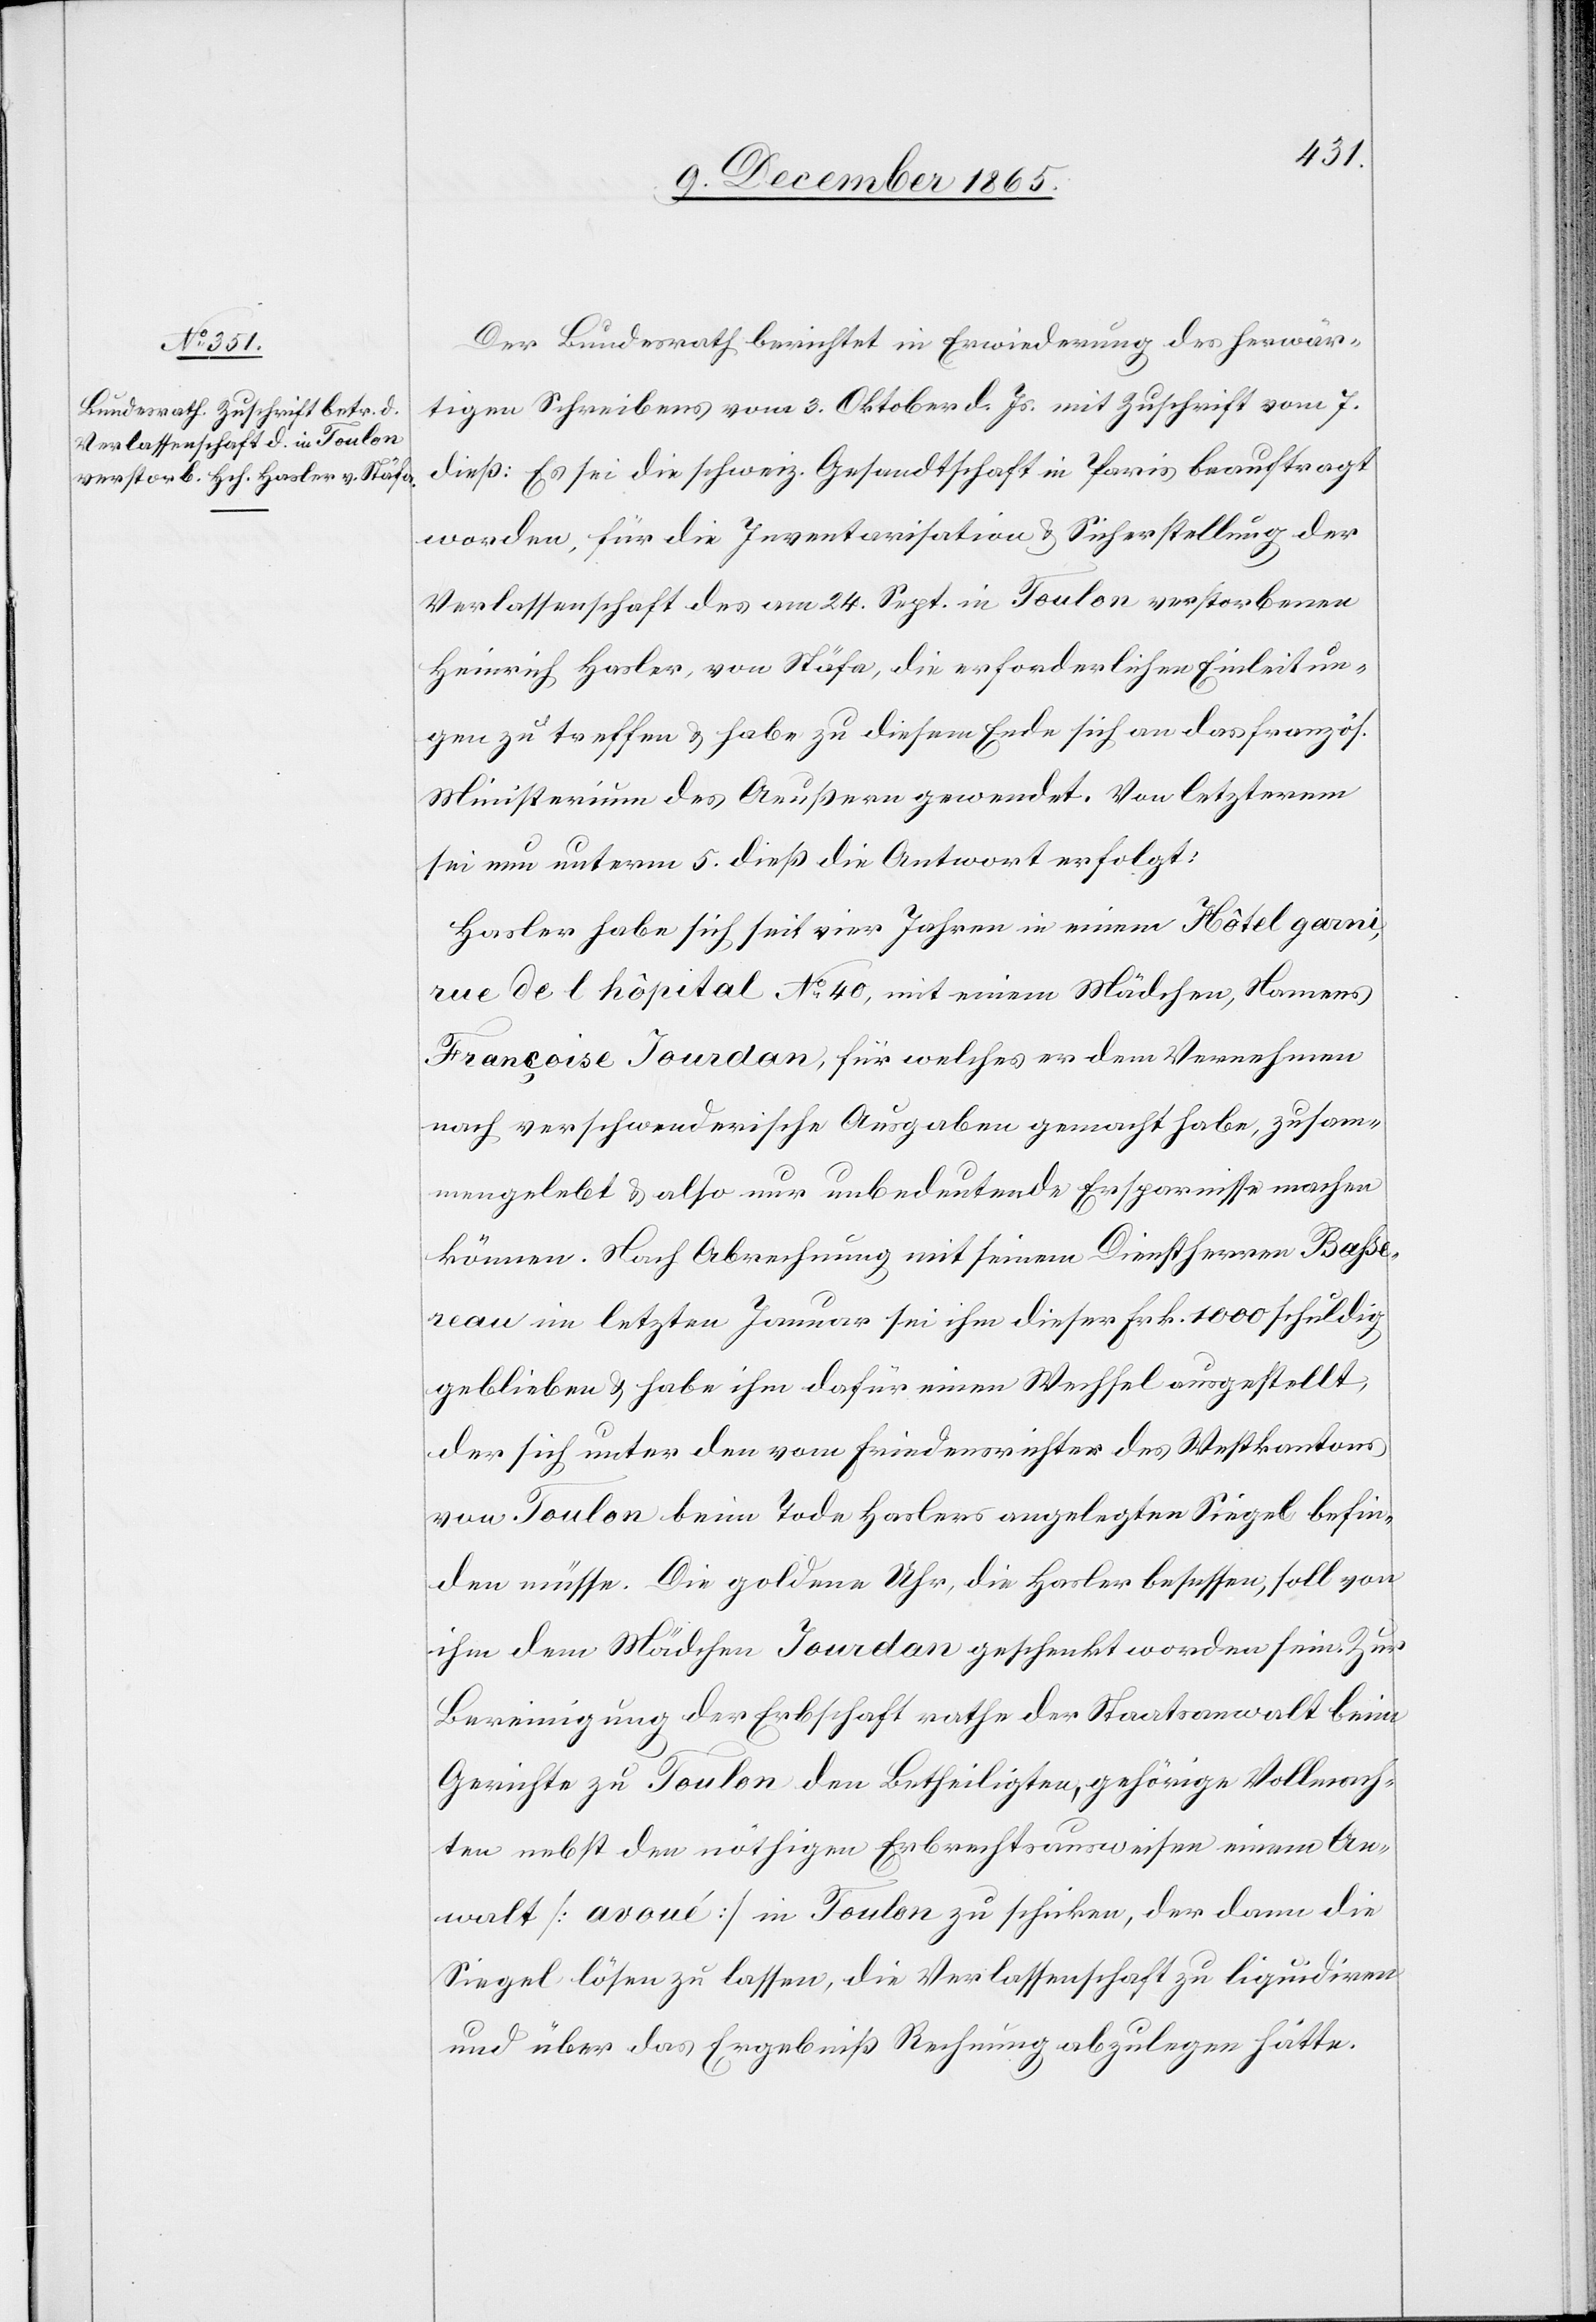
c!] befi¬

Der Bundesrath berichtet in Erwiederung des herwär¬
tigen Schreibens vom 3. Oktober d. Js. mit Zuschrift vom 7.
dieß: Es sei die schweiz. Gesandtschaft in Paris beauftragt
worden, für die Inventarisation & Sicherstellung der
Verlassenschaft des am 24. Sept. in Toulon verstorbenen
Heinrich Hasler, von Stäfa, die erforderlichen Einleitun¬
gen zu treffen & habe zu diesem Ende sich an das französ.
Ministerium des Aeußern gewendet. Von letzterm
sei nun unterm 5. dieß die Antwort erfolgt:
Hasler habe sich seit vier Jahren in einem Hôtel garni,
rue de l hôpital No 40, mit einem Mädchen, Namens
Françoise Jourdan, für welches er dem Vernehmen
nach verschwenderische Ausgaben gemacht habe, zusam¬
mengelebt [sic!] & also nur unbedeutende Ersparnisse machen
können. Nach Abrechnung mit seinem Dienstherren Bahse¬
rau im letzten Januar sei ihm dieser Frk. 1000 schuldig
geblieben & habe ihm dafür einen Wechsel ausgestellt,
der sich unter den vom Friedensrichter des Westkantons
von Toulon beim Tode Haslers angelegten Siegel [si¬
nden müsse. Die goldene Uhr, die Hasler besessen, soll von
ihm dem Mädchen Jourdan geschenkt worden sein. Zur
Bereinigung der Erbschaft rathe der Staatsanwalt beim
Gerichte zu Toulon den Betheiligten, gehörige Vollmach¬
ten nebst den nöthigen Erbrechtsausweisen einem An¬
walt [avoué] in Toulon zu schicken, der dann die
Siegel lösen zu lassen, die Verlassenschaft zu liquidiren
und über das Ergebniß Rechnung abzulegen hätte.